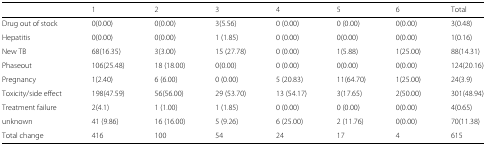
<table><thead><tr><td></td><td><b>1</b></td><td><b>2</b></td><td><b>3</b></td><td><b>4</b></td><td><b>5</b></td><td><b>6</b></td><td><b>Total</b></td></tr></thead><tbody><tr><td>Drug out of stock</td><td>0(0.00)</td><td>0(0.00)</td><td>3(5.56)</td><td>0 (0.00)</td><td>0 (0.00)</td><td>0(0.00)</td><td>3(0.48)</td></tr><tr><td>Hepatitis</td><td>0(0.00)</td><td>0(0.00)</td><td>1 (1.85)</td><td>0 (0.00)</td><td>0(0.00)</td><td>0(0.00)</td><td>1(0.16)</td></tr><tr><td>New TB</td><td>68(16.35)</td><td>3(3.00)</td><td>15 (27.78)</td><td>0 (0.00)</td><td>1(5.88)</td><td>1(25.00)</td><td>88(14.31)</td></tr><tr><td>Phaseout</td><td>106(25.48)</td><td>18 (18.00)</td><td>0(0.00)</td><td>0 (0.00)</td><td>0(0.00)</td><td>0(0.00)</td><td>124(20.16)</td></tr><tr><td>Pregnancy</td><td>1(2.40)</td><td>6 (6.00)</td><td>0 (0.00)</td><td>5 (20.83)</td><td>11(64.70)</td><td>1(25.00)</td><td>24(3.9)</td></tr><tr><td>Toxicity/side effect</td><td>198(47.59)</td><td>56(56.00)</td><td>29 (53.70)</td><td>13 (54.17)</td><td>3(17.65)</td><td>2(50.00)</td><td>301(48.94)</td></tr><tr><td>Treatment failure</td><td>2(4.1)</td><td>1 (1.00)</td><td>1 (1.85)</td><td>0 (0.00)</td><td>0 (0.00)</td><td>0(0.00)</td><td>4(0.65)</td></tr><tr><td>unknown</td><td>41 (9.86)</td><td>16 (16.00)</td><td>5 (9.26)</td><td>6 (25.00)</td><td>2 (11.76)</td><td>0(0.00)</td><td>70(11.38)</td></tr><tr><td>Total change</td><td>416</td><td>100</td><td>54</td><td>24</td><td>17</td><td>4</td><td>615</td></tr></tbody></table>